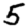
Digit: 5